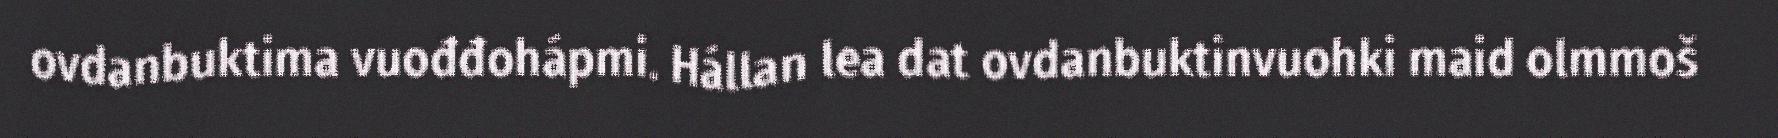
ovdanbuktima vuođđohápmi. Hállan lea dat ovdanbuktinvuohki maid olmmoš